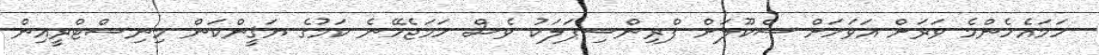
ހަމައެހެންމެ ވަރަށް އަވަހަށް ސްކޫލަށް ޕްރިންސިޕަލަކު ވެސް ހަމަޖެހޭނެ ކަމުގެ ޔަޤީންކަން މިނިސްޓްރީއިން